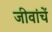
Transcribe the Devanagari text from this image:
जीवांचें